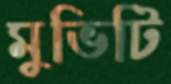
মুভিটি